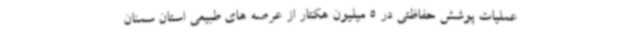
عملیات پوشش حفاظتی در 5 میلیون هکتار از عرصه های طبیعی استان سمنان